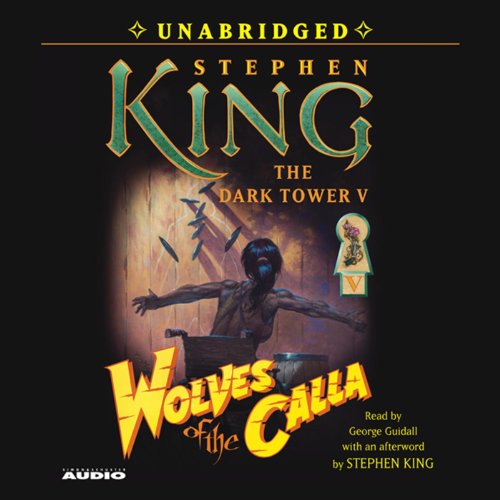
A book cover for Wolves of the Calla: Dark Tower V; Stephen King; Science Fiction & Fantasy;